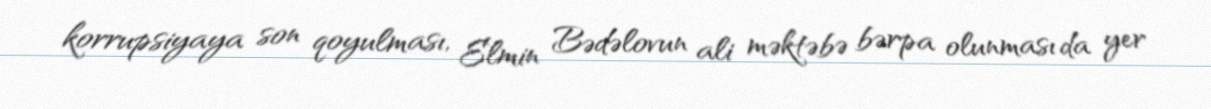
korrupsiyaya son qoyulması, Elmin Bədəlovun ali məktəbə bərpa olunması da yer